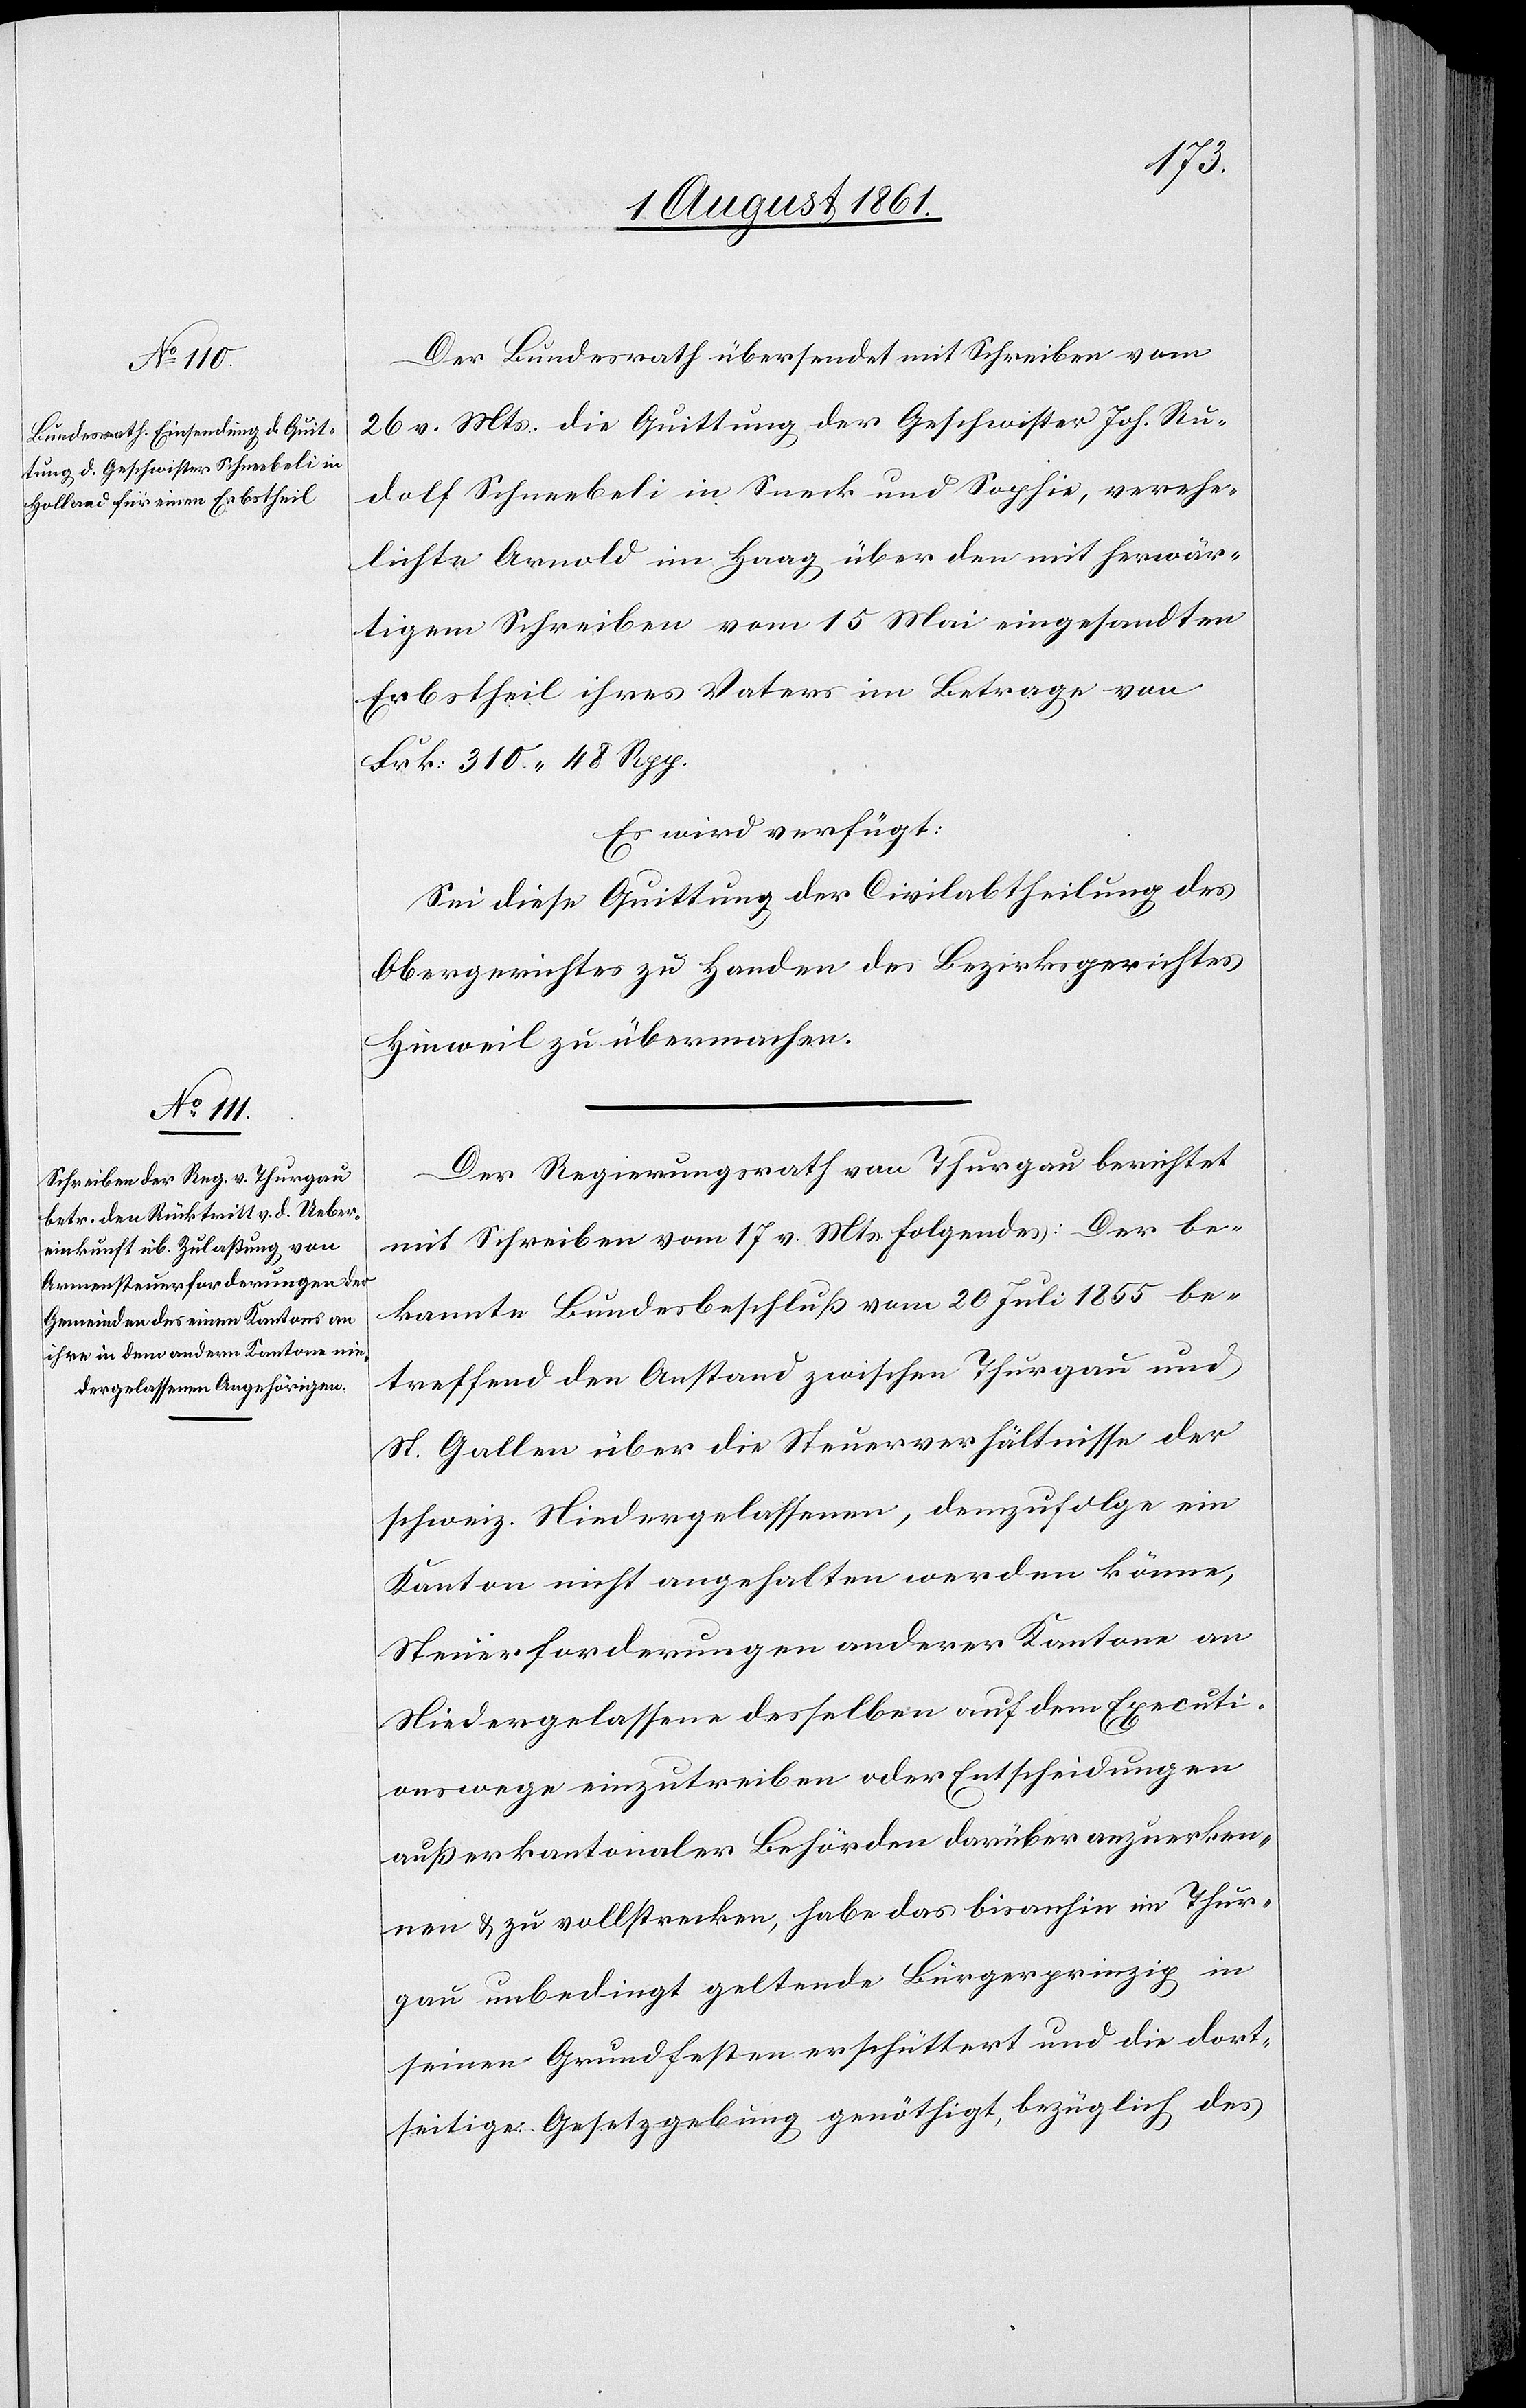
Der Bundesrath übersendet mit Schreiben vom
26 v. Mts. die Quittung der Geschwister Joh. Ru¬
dolf Schneebeli in Sneck und Sophie, verehe¬
lichte Arnold in Haag über den mit herwär¬
tigem Schreiben vom 15 Mai eingesandten
Erbstheil ihres Vaters im Betrage von
Frk. 310. 48 Rpp.
Es wird verfügt:
Sei diese Quittung der Civilabtheilung des
Obergerichtes zu Handen des Bezirksgerichtes
Hinweil zu übermachen.
Der Regierungsrath in Thurgau berichtet
mit Schreiben vom 17 v. Mts. folgendes: Der be¬
kannte Bundesbeschluß vom 20 Juli 1855 be¬
treffend den Anstand zwischen Thurgau und
St. Gallen über die Steuerverhältnisse der
schweiz. Niedergelassenen, demzufolge ein
Kanton nicht angehalten werden könne,
Steuerforderungen anderer Kantone an
Niedergelassene desselben auf dem Executi¬
onswege einzutreiben oder Entscheidungen
außerkantonaler Behörden darüber anzuerken¬
nen u. zu vollstrecken, habe das bisanhin im Thur¬
gau unbedingt geltende Bürgerprinzip in
seinen Grundfesten erschüttert und die dort¬
seitige Gesetzgebung genöthigt, bezüglich des